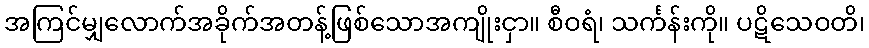
အကြင်မျှလောက်အခိုက်အတန့်ဖြစ်သောအကျိုးငှာ။ စီဝရံ၊ သင်္ကန်းကို။ ပဋိသေဝတိ၊